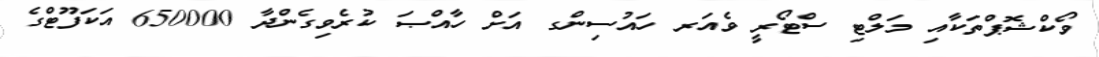
ވޯކްޝޮޕްތަކާއި މަލްޓި ސްޓޯރީ ވެއަރ ހައުސިންގ އަށް ހާއްޞަ ކުރެވިގެންދާ 650000 އަކަފޫޓްގެ